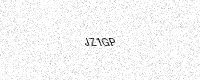
Text: JZ1GP